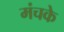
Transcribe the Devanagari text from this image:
मंचके